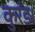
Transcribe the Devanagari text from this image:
कुरंड।